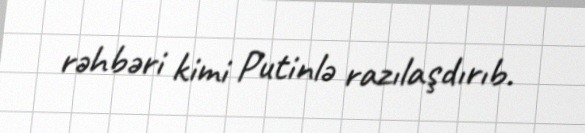
rəhbəri kimi Putinlə razılaşdırıb.